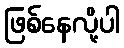
ဖြစ်နေလို့ပါ